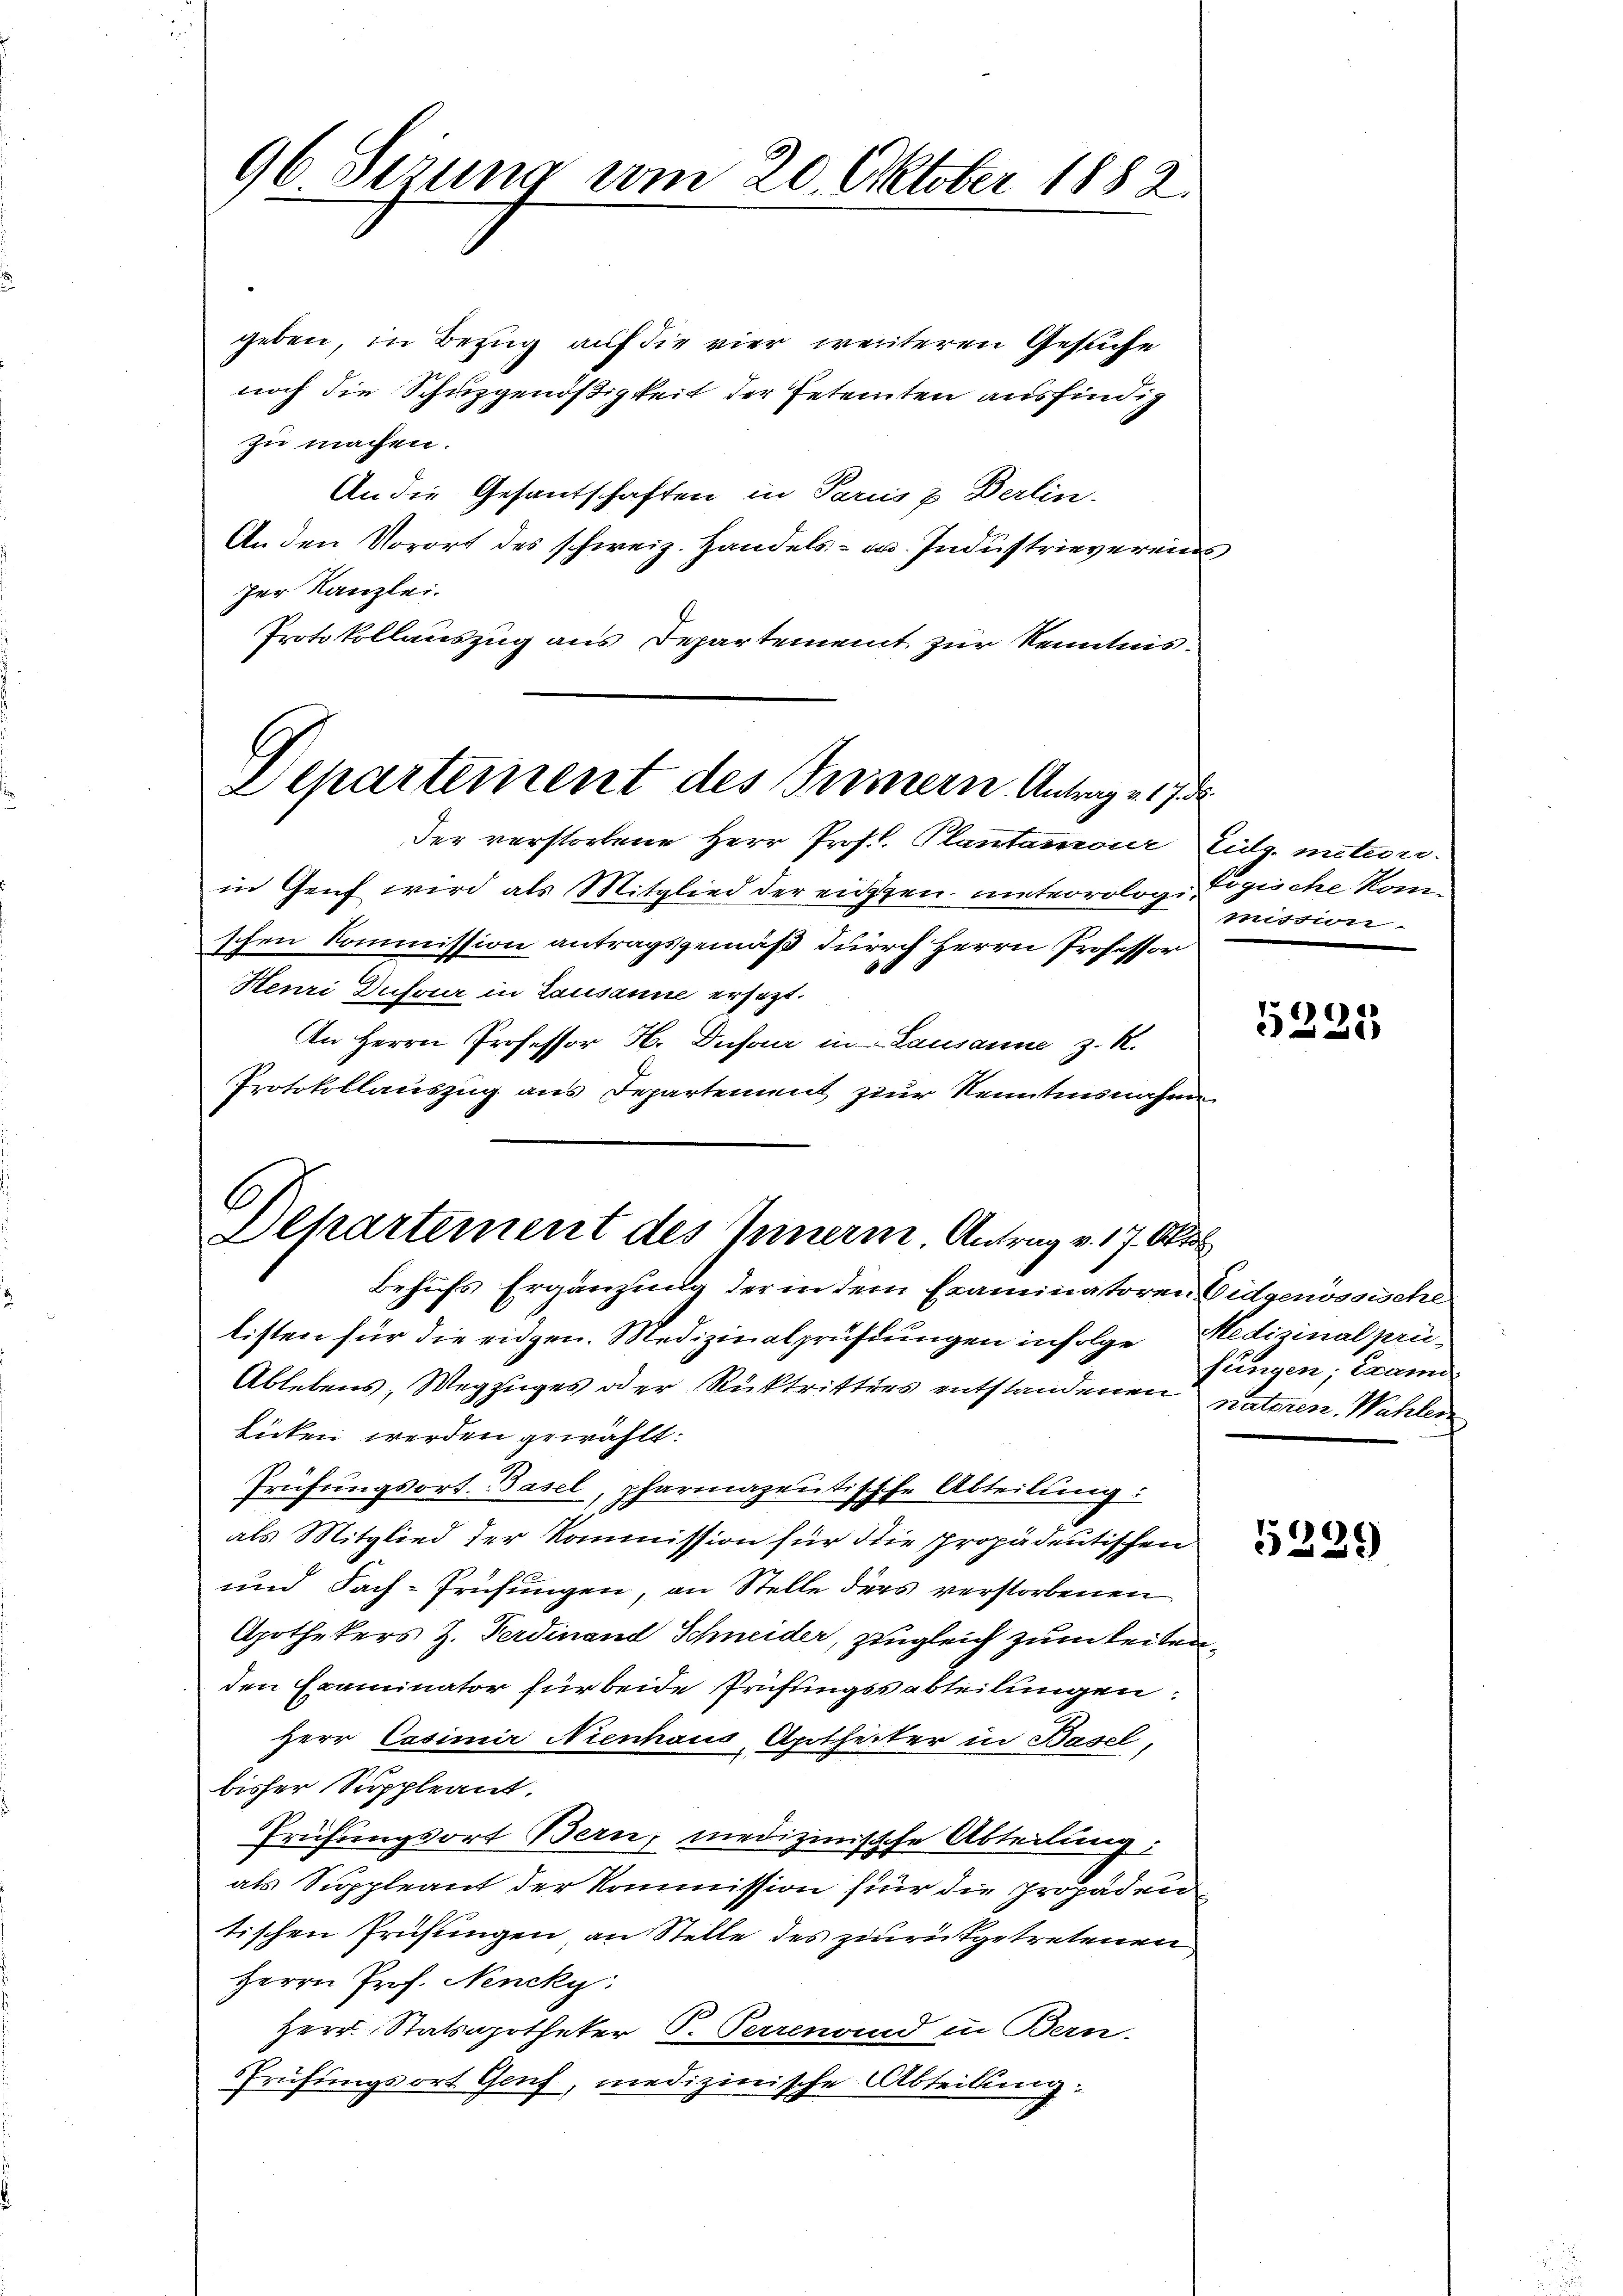
96 Sezung vom 20. Oktober 1882.

geben, in Bezug auf die vier weiteren Gesuche
noch die Schuzgenößigkeit der Petenten ausfindig
zu machen.
An die Gesantschaften in Paris z. Berlin.
An den Vorort des schweiz. Handels- u. Industrievereins
zer Kanzlei.
Protokollauszug aus Departement zur Kenntnis¬
Departement des Innern Antrage 178

6)
Alkartement des Innern Antrag v. 17. Oktob

Der verstorbene Herr Prof. Plantamour Eidg. meteoriin Genf wird als Mitglied der eigen unterrologi Zögliche Kon-
schen Kommission antragsgemäß durch Herrn Professor
Henri Dufour in Lausanne ersetzt.
An Herrn Professor H. Dufour in Lausanne z. R.
Protokollauszug aus Departement zur Kenntnisnahme
Behufs Ergänzung der in dem Eraminatoren Eidgenössische
listen für die eidgen. Medizinalprüfungen infolge Medizinal prü¬
Ablebens, Wegzuges oder Rücktrittens entstandenen naturen. Wahlen
Lücken werden gewählt:
Prüfungsort. Basel, pharmazentische Abteilung:
als Mitglied der Kommission für die propädentischen
und Fach-Prüfungen, an Stelle ders verstorbenen
Apothekers Z. Ferdinand Schneider, zugleich zum leitenden Examinator für beide Prüfungssabteilungen:
Herr Casimir Nienhaus, Apotheiter in Basel,
bisher Suppleant.
Prüfungsort Bern, medizinische Abteilung:
als Suppleant der Kommission für die propaden
tischen Prüfungen, an Stelle des zurückgetretenen
Herrn Prof. Nencky.
Herr Statsapotheker P. Perrenand in Bern-
Prüfungsort Genf, medizinische Abteilung:

mission

5225

fungen; exami

5229